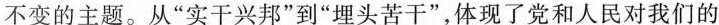
不变的主题。从“实干兴邦”到“埋头苦干”，体现了党和人民对我们的